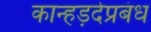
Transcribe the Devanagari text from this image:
कान्हड़देप्रबंध